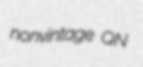
nonvintage QN